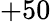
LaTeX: +50